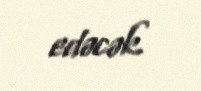
edəcək.